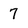
Character: 7